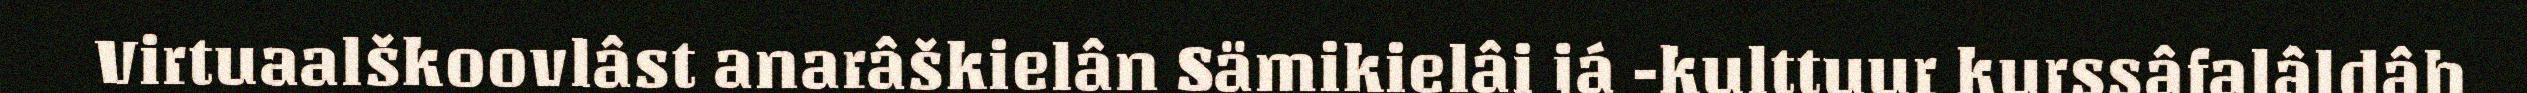
Virtuaalškoovlâst anarâškielân Sämikielâi já -kulttuur kurssâfalâldâh